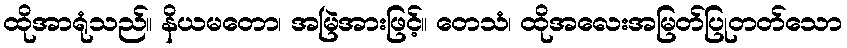
ထိုအာရုံသည်။ နိယမတော၊ အမြဲအားဖြင့်။ တေသံ၊ ထိုအလေးအမြတ်ပြုတတ်သော